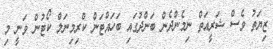
ޒިޔަތު ވެސް ޝަރީއަތް ނިމެންދެން ބަންދުގައި ބަހައްޓަން ކްރިމިނަލް ކޯޓުން ވަނީ މި